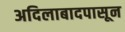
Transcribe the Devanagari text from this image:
अदिलाबादपासून